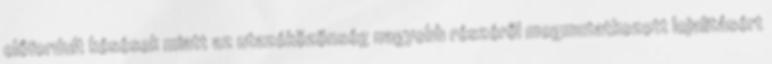
előfordult késések miatt az utazóközönség nagyobb részéről megmutatkozott lojalitásért